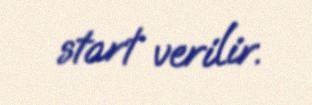
start verilir.